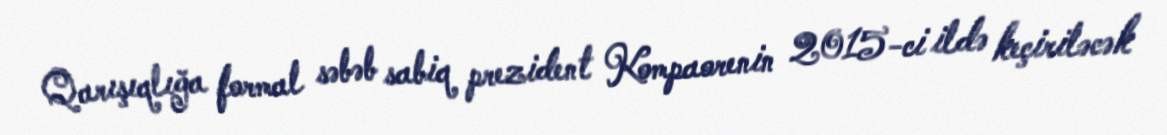
Qarışıqlığa formal səbəb sabiq prezident Kompaorenin 2015-ci ildə keçiriləcək